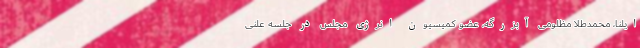
ایلنا، محمدطلا مظلومی آبزرگه، عضو کمیسیون انرژی مجلس در جلسه علنی